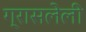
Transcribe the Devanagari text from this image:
ग्रासलेली